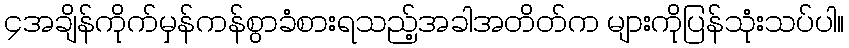
၄အချိန်ကိုက်မှန်ကန်စွာခံစားရသည့်အခါအတိတ်က များကိုပြန်သုံးသပ်ပါ။